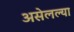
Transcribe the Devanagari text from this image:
असेलल्या